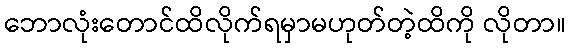
ဘောလုံးတောင်ထိလိုက်ရမှာမဟုတ်တဲ့ထိကို လိုတာ။